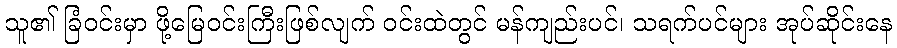
သူ၏ ခြံဝင်းမှာ ဖို့မြေဝင်းကြီးဖြစ်လျက် ဝင်းထဲတွင် မန်ကျည်းပင်၊ သရက်ပင်များ အုပ်ဆိုင်းနေ